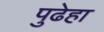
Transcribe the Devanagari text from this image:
पुढेहा